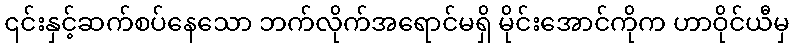
၎င်းနှင့်ဆက်စပ်နေသော ဘက်လိုက်အရောင်မရှိ မိုင်းအောင်ကိုက ဟာဝိုင်ယီမှ